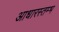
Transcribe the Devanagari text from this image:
आधारस्तम्भ